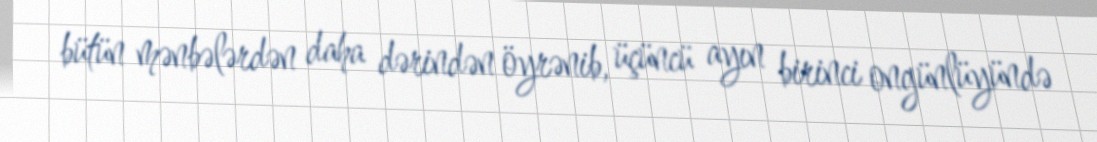
bütün mənbələrdən daha dərindən öyrənib, üçüncü ayın birinci ongünlüyündə